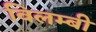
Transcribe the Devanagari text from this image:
विलम्बी